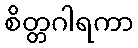
စိတ္တဂါရကာ